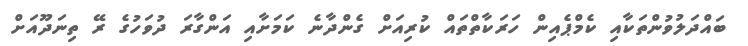
ބައްދަލުވުންތަކާއި ކެމްޕެއިން ހަރަކާތްތައް ކުރިއަށް ގެންދާނެ ކަމަށާއި އަންގާރަ ދުވަހުގެ ރޭ ތިނަދޫއަށް